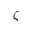
\zeta